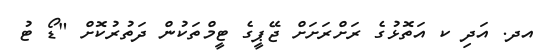
އދ. އަދި ކ އަތޮޅުގެ ރަށްރަށަށް ޖޭޕީގެ ޓީމްތަކުން ދަތުރުކޮށް "ޑޯ ޓު